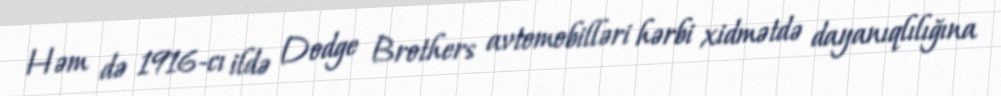
Həm də 1916-cı ildə Dodge Brothers avtomobilləri hərbi xidmətdə dayanıqlılığına